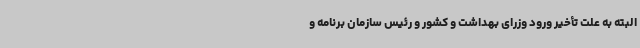
البته به علت تأخیر ورود وزرای بهداشت و کشور و رئیس سازمان برنامه و